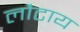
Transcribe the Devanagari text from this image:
लौटाय